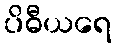
ပိဓီယရေ